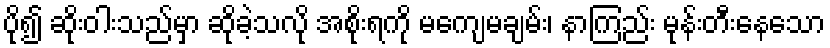
ပို၍ ဆိုးဝါးသည်မှာ ဆိုခဲ့သလို အစိုးရကို မကျေမချမ်း၊ နာကြည်း မုန်းတီးနေသော